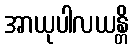
အာယုပါလယန္တိ